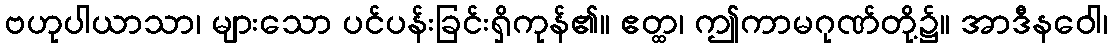
ဗဟုပါယာသာ၊ များသော ပင်ပန်းခြင်းရှိကုန်၏။ ဧတ္ထ၊ ဤကာမဂုဏ်တို့၌။ အာဒီနဝေါ၊